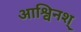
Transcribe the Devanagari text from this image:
आश्विनश्